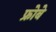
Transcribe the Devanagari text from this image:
फ्रोबे